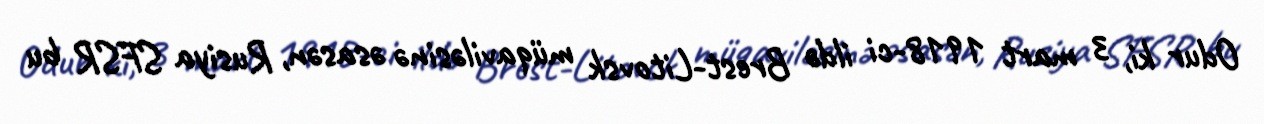
Odur ki, 3 mart 1918-ci ildə Brest-Litovsk müqaviləsinə əsasən, Rusiya SFSR bu